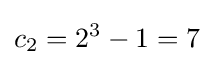
c_{2}=2^{3}-1=7